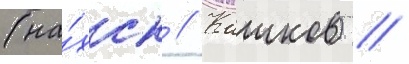
(на́хск // Кашков) /